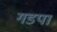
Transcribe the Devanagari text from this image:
गडपा